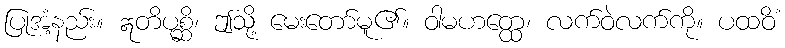
ပြုအံ့နည်း။ ဣတိပုစ္ဆိ၊ ဤသို့ မေးတော်မူ၏။ ဝါမဟတ္ထေ၊ လက်ဝဲလက်ကို။ ပထဝိံ